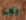
بعد